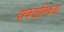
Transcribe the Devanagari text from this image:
वाकडातिकडा